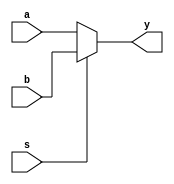
module mux21_4bitb(
	input wire [3:0] a,
	input wire [3:0] b,
	input wire s,
	output reg [3:0] y
);
  always @ (*)
  if(s == 0)
    y = a;
  else
    y = b;
endmodule